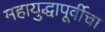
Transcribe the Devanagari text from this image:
महायुद्धापूर्वीचा